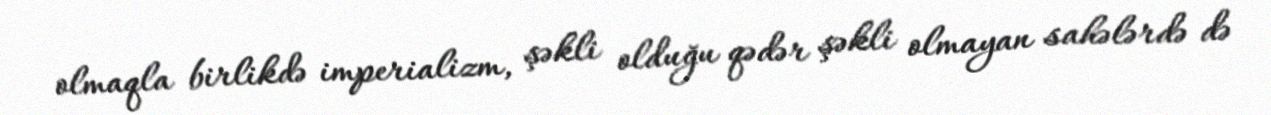
olmaqla birlikdə imperializm, şəkli olduğu qədər şəkli olmayan sahələrdə də